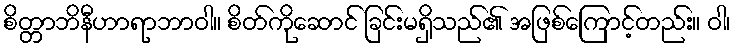
စိတ္တာဘိနီဟာရာဘာဝါ။ စိတ်ကိုဆောင် ခြင်းမရှိသည်၏ အဖြစ်ကြောင့်တည်း။ ဝါ၊